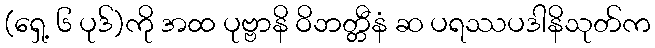
(ရှေ့ ၆ ပုဒ်)ကို အထ ပုဗ္ဗာနိ ဝိဘတ္တီနံ ဆ ပရဿပဒါနိသုတ်က